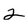
Character: 2